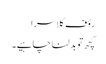
رؤف کلاسرا
کچھ تو بدلنا چاہیے۔